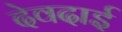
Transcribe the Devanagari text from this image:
देवदाई